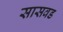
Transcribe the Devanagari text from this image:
सासवड